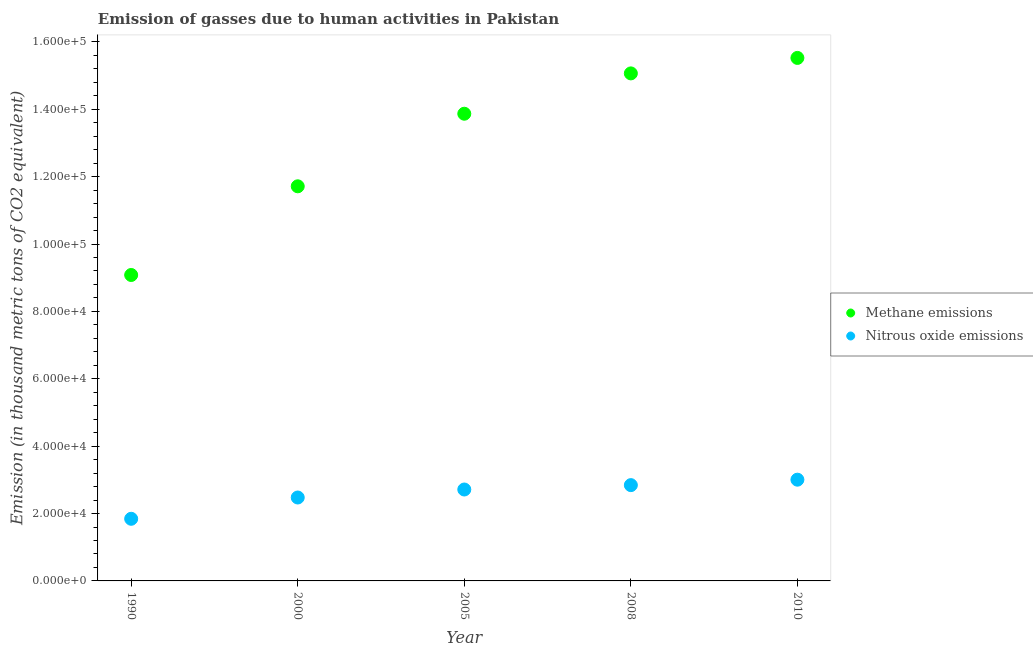
| Year | Methane emissions | Nitrous oxide emissions |
 | --- | --- | --- |
 | 1990 | 9.08e+04 | 1.84e+04 |
 | 2000 | 1.17e+05 | 2.48e+04 |
 | 2005 | 1.39e+05 | 2.71e+04 |
 | 2008 | 1.51e+05 | 2.84e+04 |
 | 2010 | 1.55e+05 | 3.01e+04 |